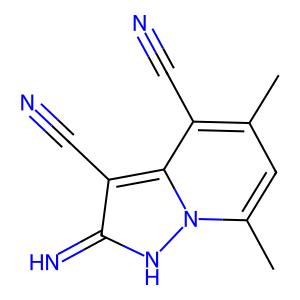
SMILES: Cc1cc(C)n2[nH]c(=N)c(C#N)c2c1C#N
Inhibits HIV replication: No